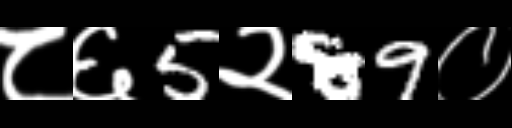
Text: ८६5२89०